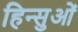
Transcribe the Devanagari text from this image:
हिन्सुओं